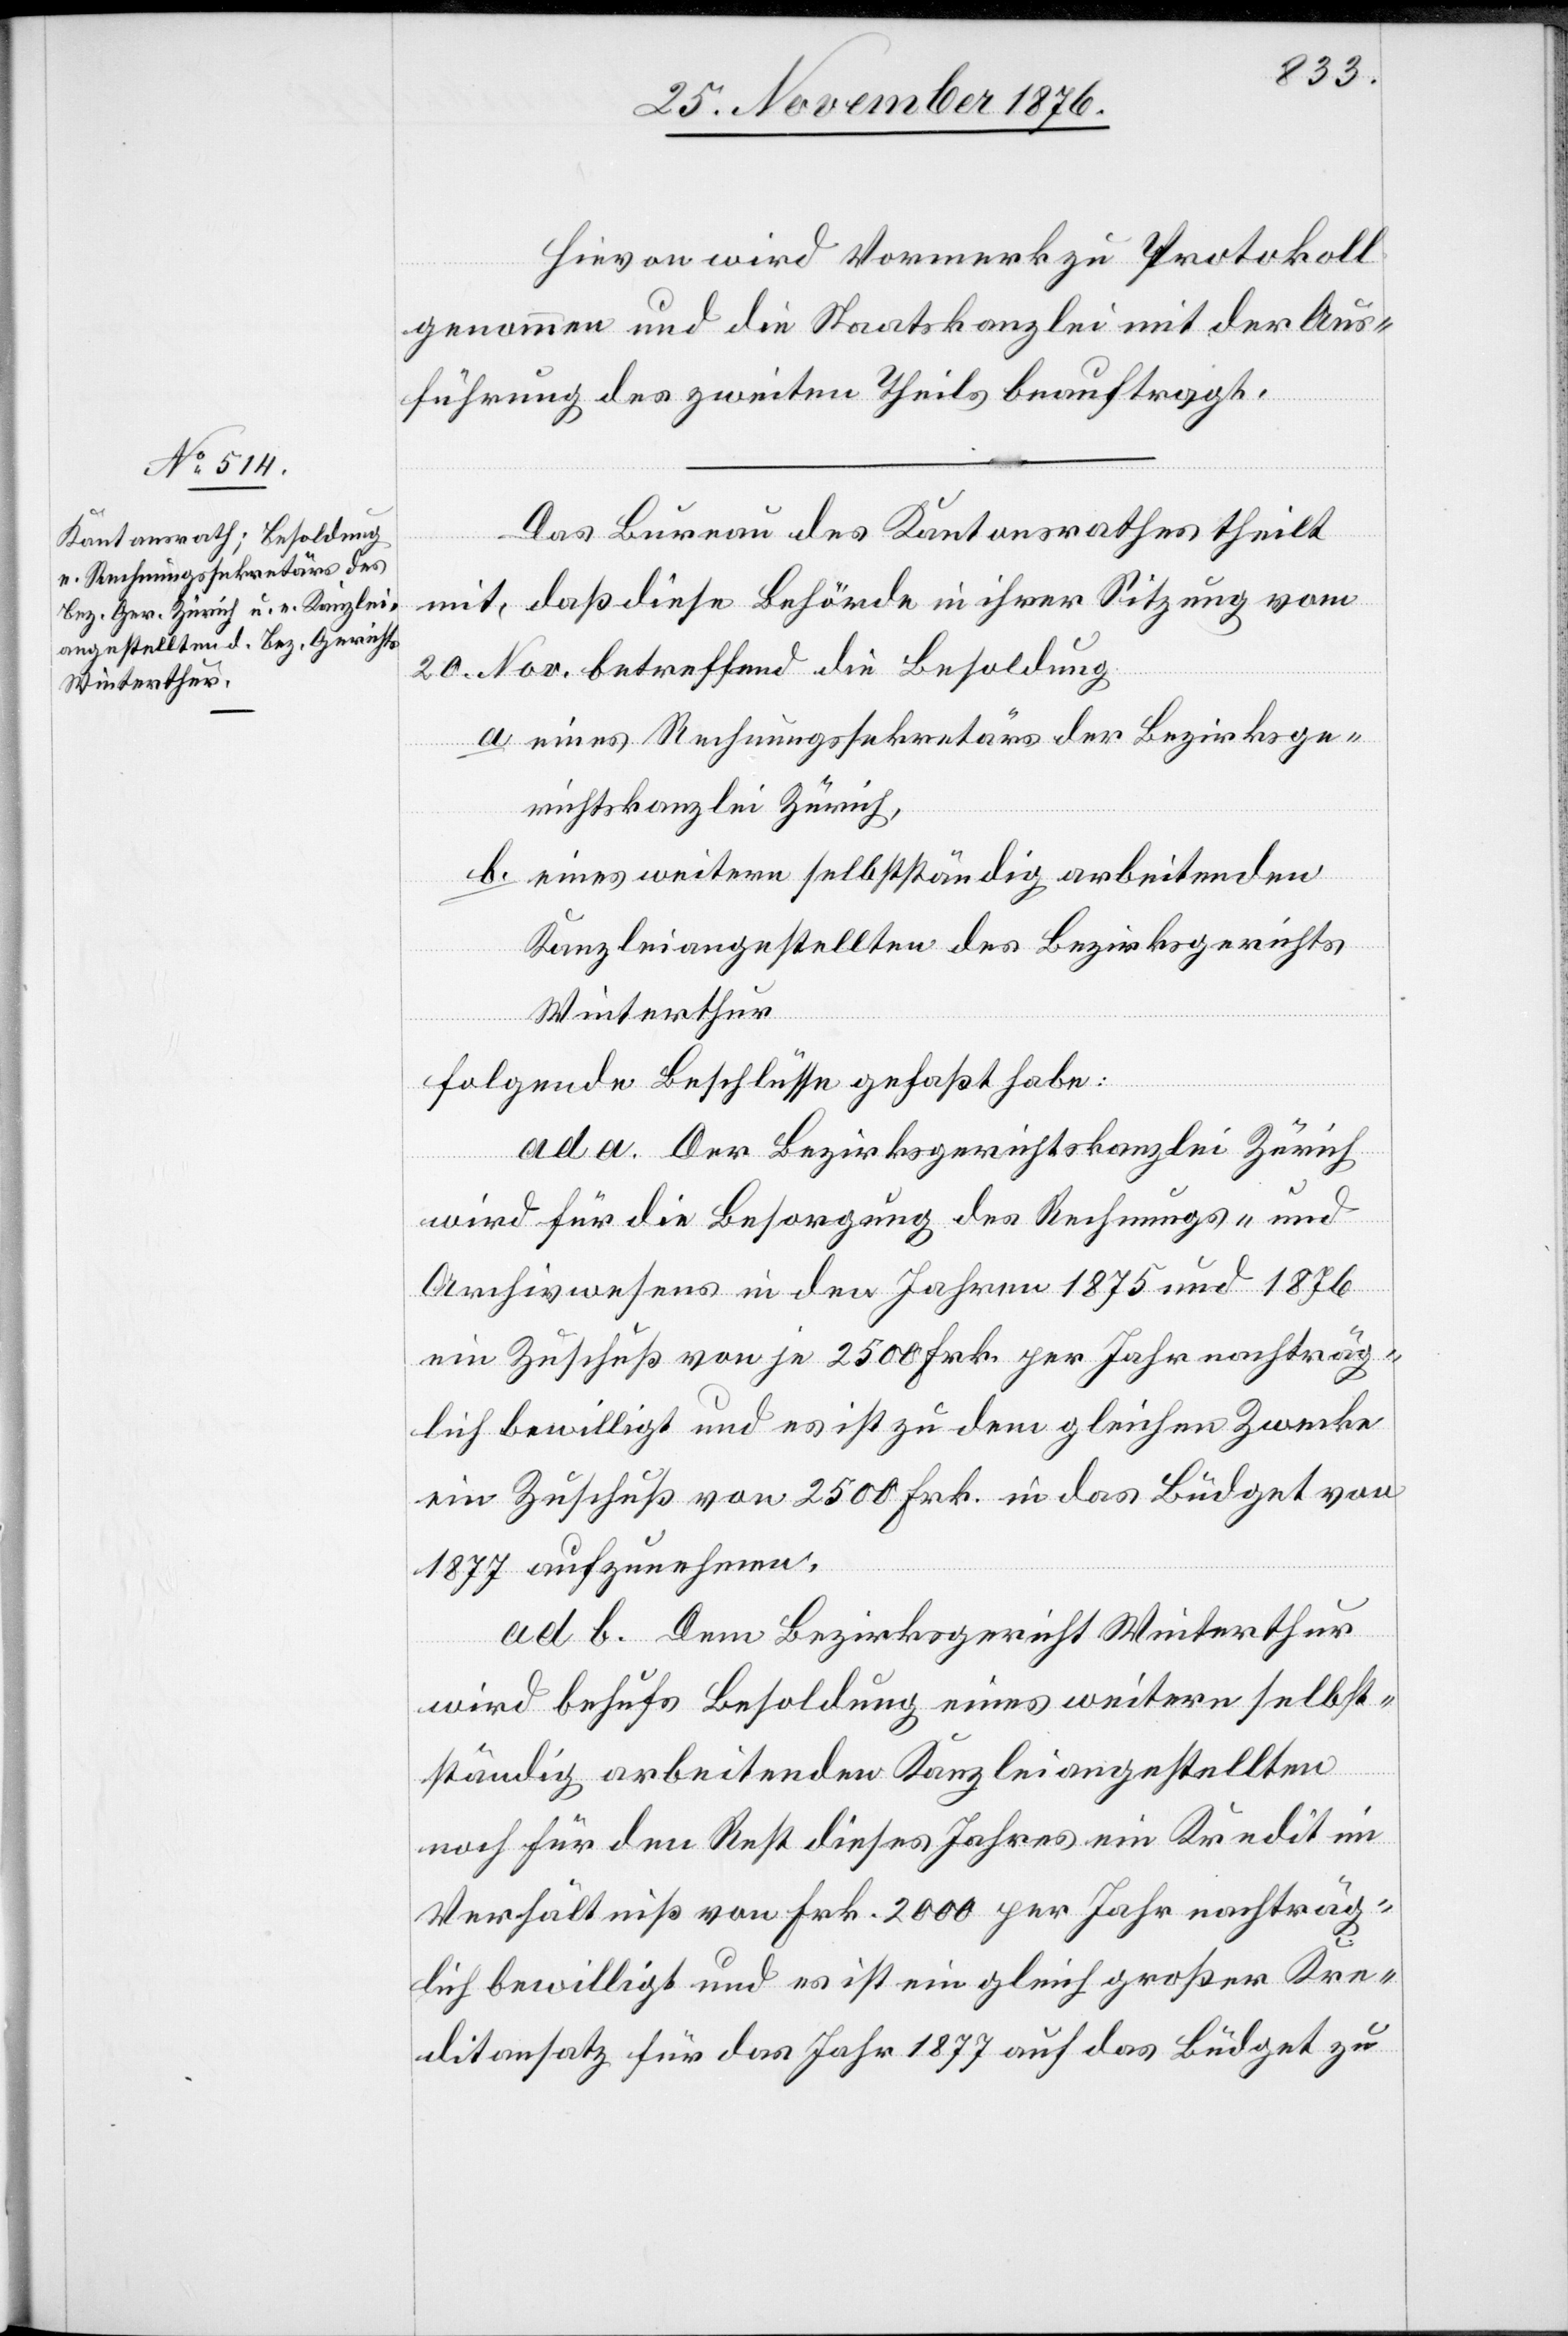
Hievon wird Vormerk zu Protokoll
genommen und die Staatskanzlei mit der Aus¬
führung des zweiten Theils beauftragt.
Das Bureau des Kantonsrathes theilt
mit, daß diese Behörde in ihrer Sitzung vom
20. Nov. betreffend die Besoldung
a. eines Rechnungssekretärs der Bezirksge¬
richtskanzlei Zürich,
b. eines weitern selbstständig arbeitenden
Kanzleiangestellten des Bezirksgerichts
Winterthur
folgende Beschlüsse gefaßt habe:
ad a. Der Bezirksgerichtskanzlei Zürich
wird für die Besorgung des Rechnungs- und
Archivwesens in den Jahren 1875 und 1876
ein Zuschuß von je 2500 Frk. per Jahr nachträg¬
lich bewilligt und es ist zu dem gleichen Zwecke
ein Zuschuß von 2500 Frk. in das Büdget von
1877 aufzunehmen.
ad b. Dem Bezirksgericht Winterthur
wird behufs Besoldung eines weitern selbst¬
ständig arbeitenden Kanzleiangestellten
noch für den Rest dieses Jahres ein Kredit im
Verhältniß von Frk. 2000 per Jahr nachträg¬
lich bewilligt und es ist ein gleich großer Kre¬
ditansatz für das Jahr 1877 auf das Büdget zu